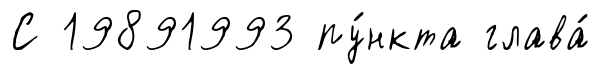
С 19891993 пу́нкта глава́